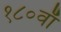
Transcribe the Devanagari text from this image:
१८०वाँ